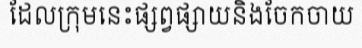
ដែលក្រុមនេះផ្សព្វផ្សាយនិងចែកចាយ